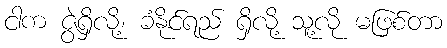
ငါက ဇွဲရှိလို့၊ ခံနိုင်ရည် ရှိလို့ သူ့လို မဖြစ်တာ